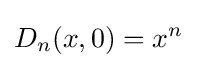
D_{n}(x,0)=x^{n}